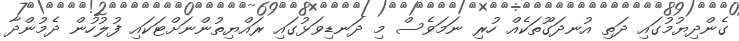
ގެންދިޔުމުގައި ދަތި އުނދަގޫތަކެއް ހުރި ނަމަވެސް މި ދަނޑިވަޅުގައި ރައްޔިތުންނަށްޓަކައި ފުލުހުން ދެމުންދާ